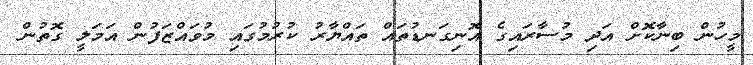
މީހުން ބިނާކޮށް އަދި މުސާރައިގެ އޮނިގަނޑުތައް ތައްޔާރު ކުރުމުގައި މުވައްޒަފުން އަމަލީ ގޮތުން